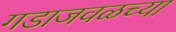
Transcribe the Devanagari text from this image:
गडाजवळच्या